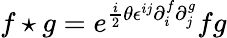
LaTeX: f\star g=e^{{\frac{i}{2}}\theta\epsilon^{ij}\partial_{i}^{f}\partial_{j}^{g}}fg